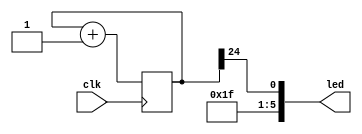
/*
-Project: blinky
-Author: poge-st
-Created: 2024.03.26
-Board: Tang Nano 9k
-Description:
simple blinky design whih the help of a 32bit long counter
*/

module top (
    output [5:0] led,
    input clk
);

reg [31:0] clockCounter = 0; //32 bit counter


always @(posedge clk) begin
    clockCounter <= clockCounter + 1;
end

//assign led[0] = clockCounter[0];  // 2^24@27MHZ ~ 37n sec - for debugging 
//assign led[0] = clockCounter[22]; // 2^22@27MHZ ~ 0.15 sec
//assign led[0] = clockCounter[23]; // 2^23@27MHZ ~ 0.31 sec
assign led[0] = clockCounter[24];   // 2^24@27MHZ ~ 0.62 sec
assign led[5:1] = 5'b11111;         // led 5:1 - off 

endmodule